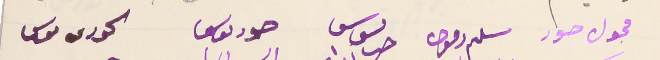
محول حور                     سلىم دفون                               ىوسف حىا                حود ىوسف                           الحورى موسى